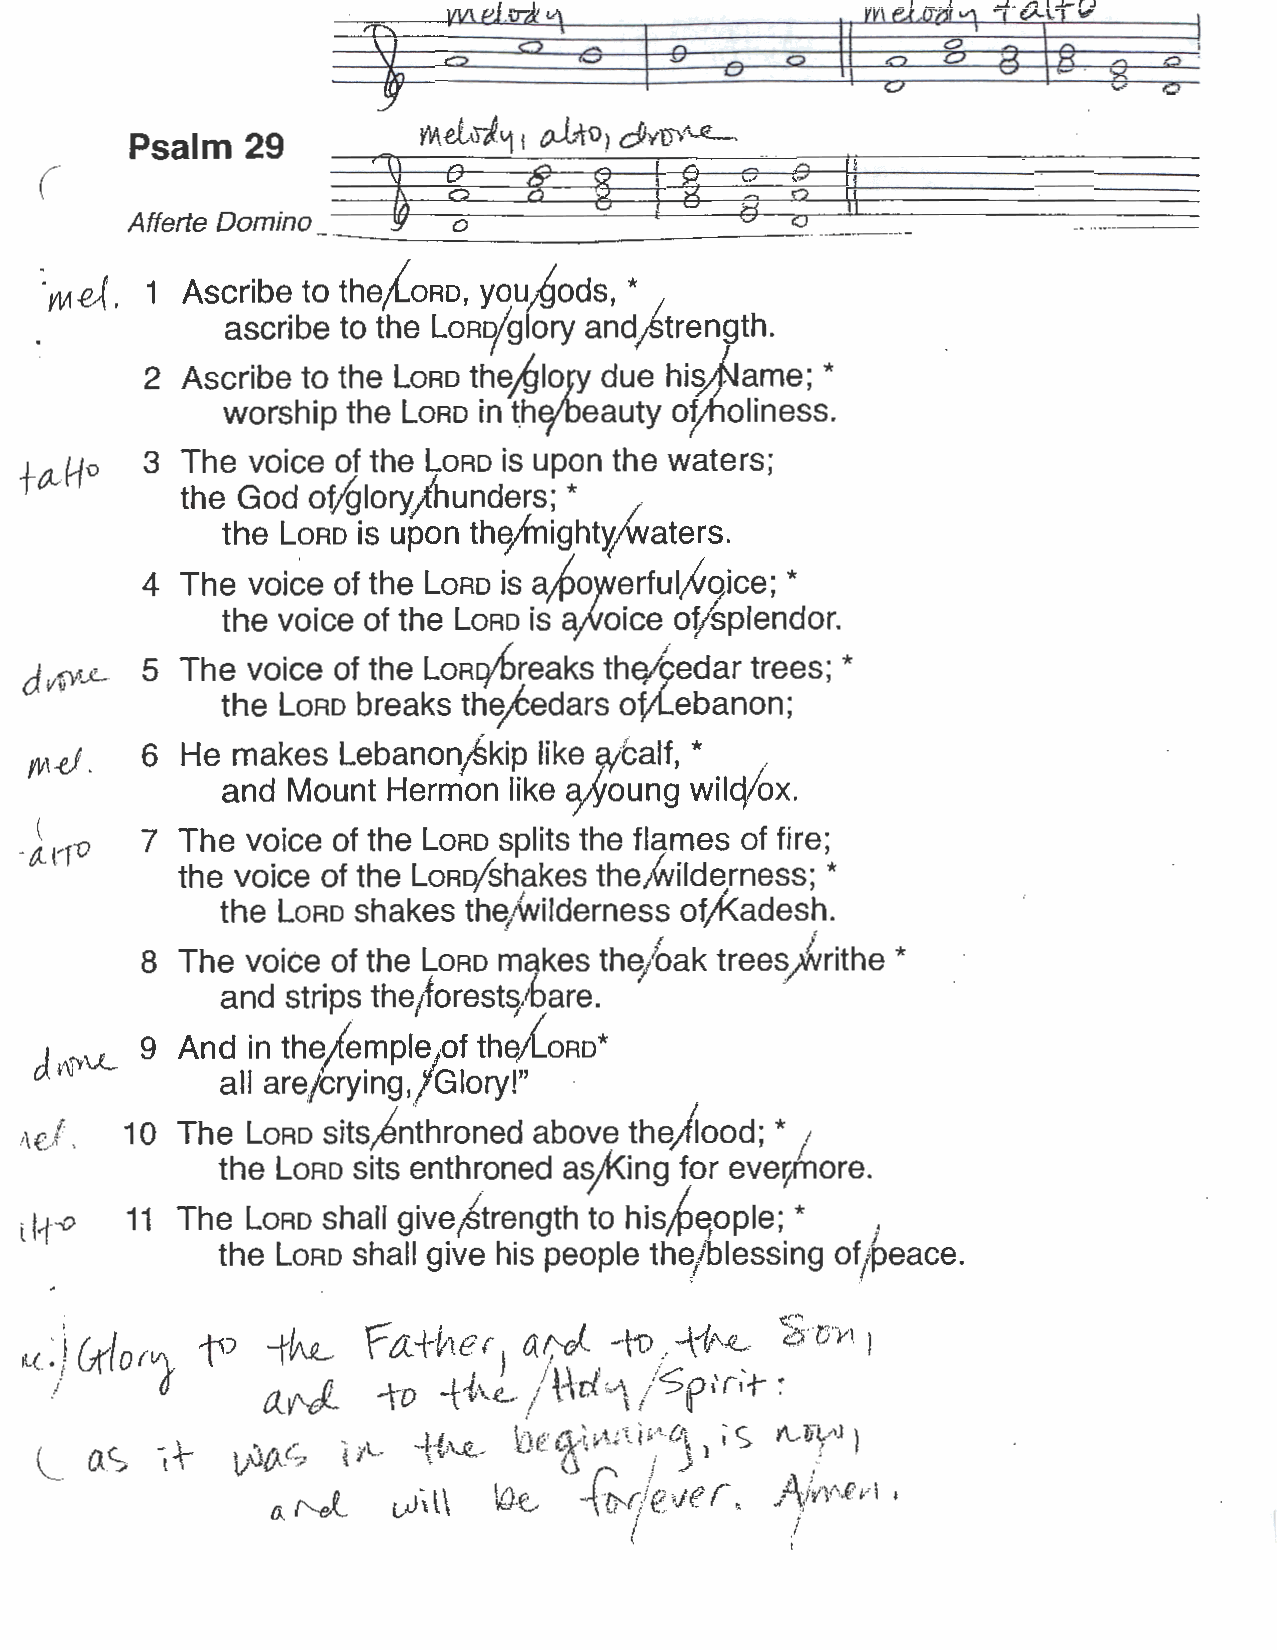
I
 l-  "
 Psalm  29
 -----~-------·-·-------
 \-i
 0(.  1 Ascribe to the;{oRD, you1~ods, *
 1
 ascribe to the LORD/glory and)trength.
 hi~ame;
 2 Ascribe to the LoRD the;{Jlo}Y due        *
 worship the LoRD in t.ho/oeauty oytioliness.
 f
 c;i.,Ho 3 The voice of the LoRD is upon the waters;
 the God ov61oryjhunders; *
 /
 the L?RD is upon th~ight)/"Waters.
 a;Powerful~qice;
 4  The voice of the LoRD is                *
 the voice of the LoRD is a;~oice oy§plendor.
 d v\iY~c 5 The voice of the LoRq/6reaks thE}tbedar trees; *
 the LoRD breaks the/edars of;l.ebanon;
 yv,-eJ. 6 He makes  Lebanon;§ kip like wcalf, * , .
 and Mount Hermon   like o/Young wilq/ox.
 -frro
 7  The voice of the LoRD splits the flames of fire;
 the voice of the LORD/shakes the4'ilderness; *
 the LoRD shakes  th~/WI ilderness of;K" adesh.
 i          i
 8  The voice of the LoRD m~kes the/oak treesfarithe *
 and strips the;forest~/bare.
 J
 9  And in the/empli:lt thw{oRo*
 l\l-.,u_
 all are/crying,;Glory!" ·
 1\cl,  1 O The LoRD sits)nthroned above the)iood; * /
 the LoRD sits enthroned ao/1<ing for eveyAiore.
 H-"'°                   give~trength
 l      11  The LORD shall             to his;6eople; *
 J
 the LoRD shall give his people the/ blessing o~/peace.
 u ._..-. 1·' } ( v{ 0 (ll\, ~ -tk fa. +he { () r !";-r j ' -·\i) :' k~"<L- 1?;··o·y\ l
 ur I (}     a.V'el  ...r
 0
 -t+t»1 ,i1_' •. / rni 1 / I~ p• ' r'' t-
 7
 ,            I
 L   /'I ( - .\- i :v1 C ~ /l.· --I ~i ,,\. ..e _.,, ! ¥, J,) . E, ':, ~A \-' t i v; t · -., .. -i , '~ ."' --( . A i l • ' r :: :. 1\..,. !jt_,, ,''J j·
 tA-:. \ ' V\JU'\- ..~ ~ •      (J ""\ j ./-     ..
 -ffJ't/e . r. /-\A-v1£
 fA. f'..-J_ uJ \ l \ \,O.e.,, 1Jf      v'I
 I
 I         I
 I